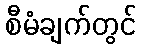
စီမံချက်တွင်